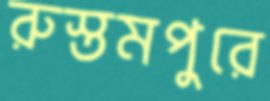
রুস্তমপুরে